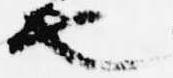
也